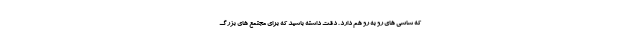
که شاسی های رو به رو هم دارد . دقت داشته باشید که برای مجتمع های بزرگ